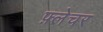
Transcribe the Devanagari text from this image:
फ़्लेचर